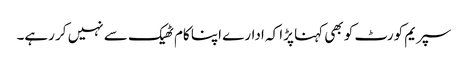
سپریم کورٹ کو بھی کہنا پڑا کہ ادارے اپنا کام ٹھیک سے نہیں کر رہے۔